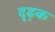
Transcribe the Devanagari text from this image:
दृढ़क